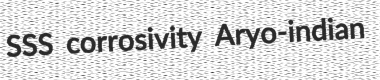
SSS corrosivity Aryo-indian